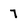
Character: 7